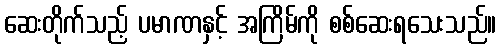
ဆေးတိုက်သည့် ပမာဏနှင့် အကြိမ်ကို စစ်ဆေးရသေးသည်။